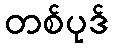
တစ်ပုဒ်